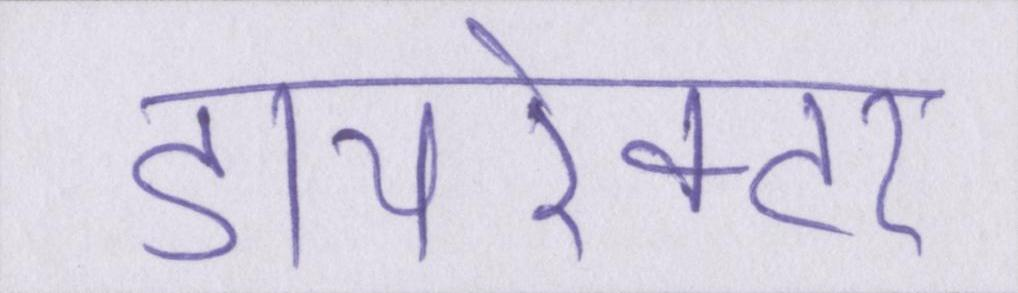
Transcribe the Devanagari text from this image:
डायरेक्टर